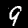
Label: 9